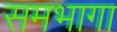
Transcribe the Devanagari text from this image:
समभागा